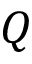
Q